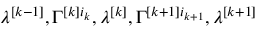
\lambda ^ { [ k - 1 ] } , \Gamma ^ { [ k ] i _ { k } } , \lambda ^ { [ k ] } , \Gamma ^ { [ k + 1 ] i _ { k + 1 } } , \lambda ^ { [ k + 1 ] }